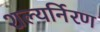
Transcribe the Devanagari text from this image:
शल्यर्निरण